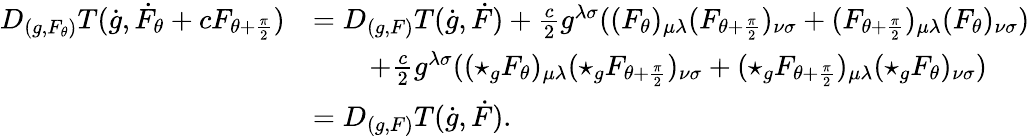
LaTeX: \begin{array}{rl}{D_{(g,F_{\theta})}T(\dot{g},\dot{F}_{\theta}+cF_{\theta+\frac{\pi}{2}})}&{=D_{(g,F)}T(\dot{g},\dot{F})+\frac{c}{2}g^{\lambda\sigma}((F_{\theta})_{\mu\lambda}(F_{\theta+\frac{\pi}{2}})_{\nu\sigma}+(F_{\theta+\frac{\pi}{2}})_{\mu\lambda}(F_{\theta})_{\nu\sigma})}\\ &{\qquad+\frac{c}{2}g^{\lambda\sigma}((\star_{g}F_{\theta})_{\mu\lambda}(\star_{g}F_{\theta+\frac{\pi}{2}})_{\nu\sigma}+(\star_{g}F_{\theta+\frac{\pi}{2}})_{\mu\lambda}(\star_{g}F_{\theta})_{\nu\sigma})}\\ &{=D_{(g,F)}T(\dot{g},\dot{F}).}\end{array}